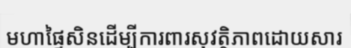
មហាផ្ទៃសិនដើម្បីការពារសុវត្ថិភាពដោយសារ